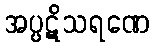
အပ္ပဋိသရဏေ